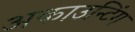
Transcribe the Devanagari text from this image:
अकाउन्टिंग